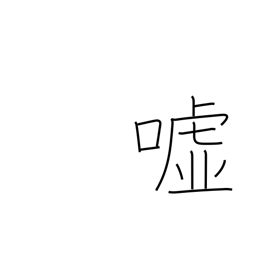
Meaning: falsehood